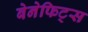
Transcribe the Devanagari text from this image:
बेनेफिट्स